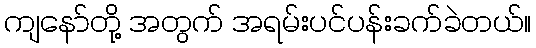
ကျနော်တို့ အတွက် အရမ်းပင်ပန်းခက်ခဲတယ်။